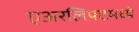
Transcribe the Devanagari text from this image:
एअरलिफ्टमध्ये